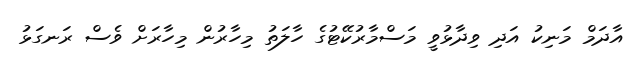
އާދަމް މަނިކު އަދި ވިދާޅުވީ މަސްމާރުކޭޓުގެ ހާލަތު މިހާރުން މިހާރަށް ވެސް ރަނގަޅު